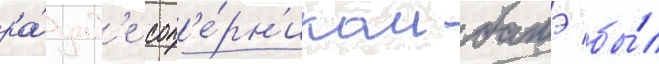
ра́унд'е соп'е́рн'иком батэ бы́л